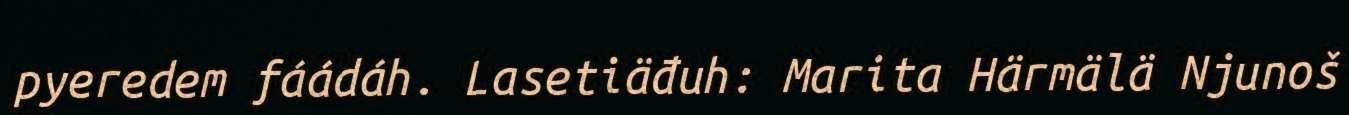
pyeredem fáádáh. Lasetiäđuh: Marita Härmälä Njunoš